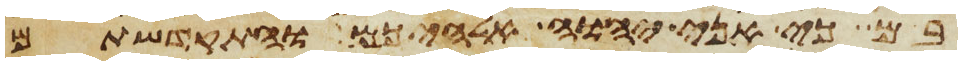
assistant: בם כי אני יהוה אלהיכם והתקדשתם